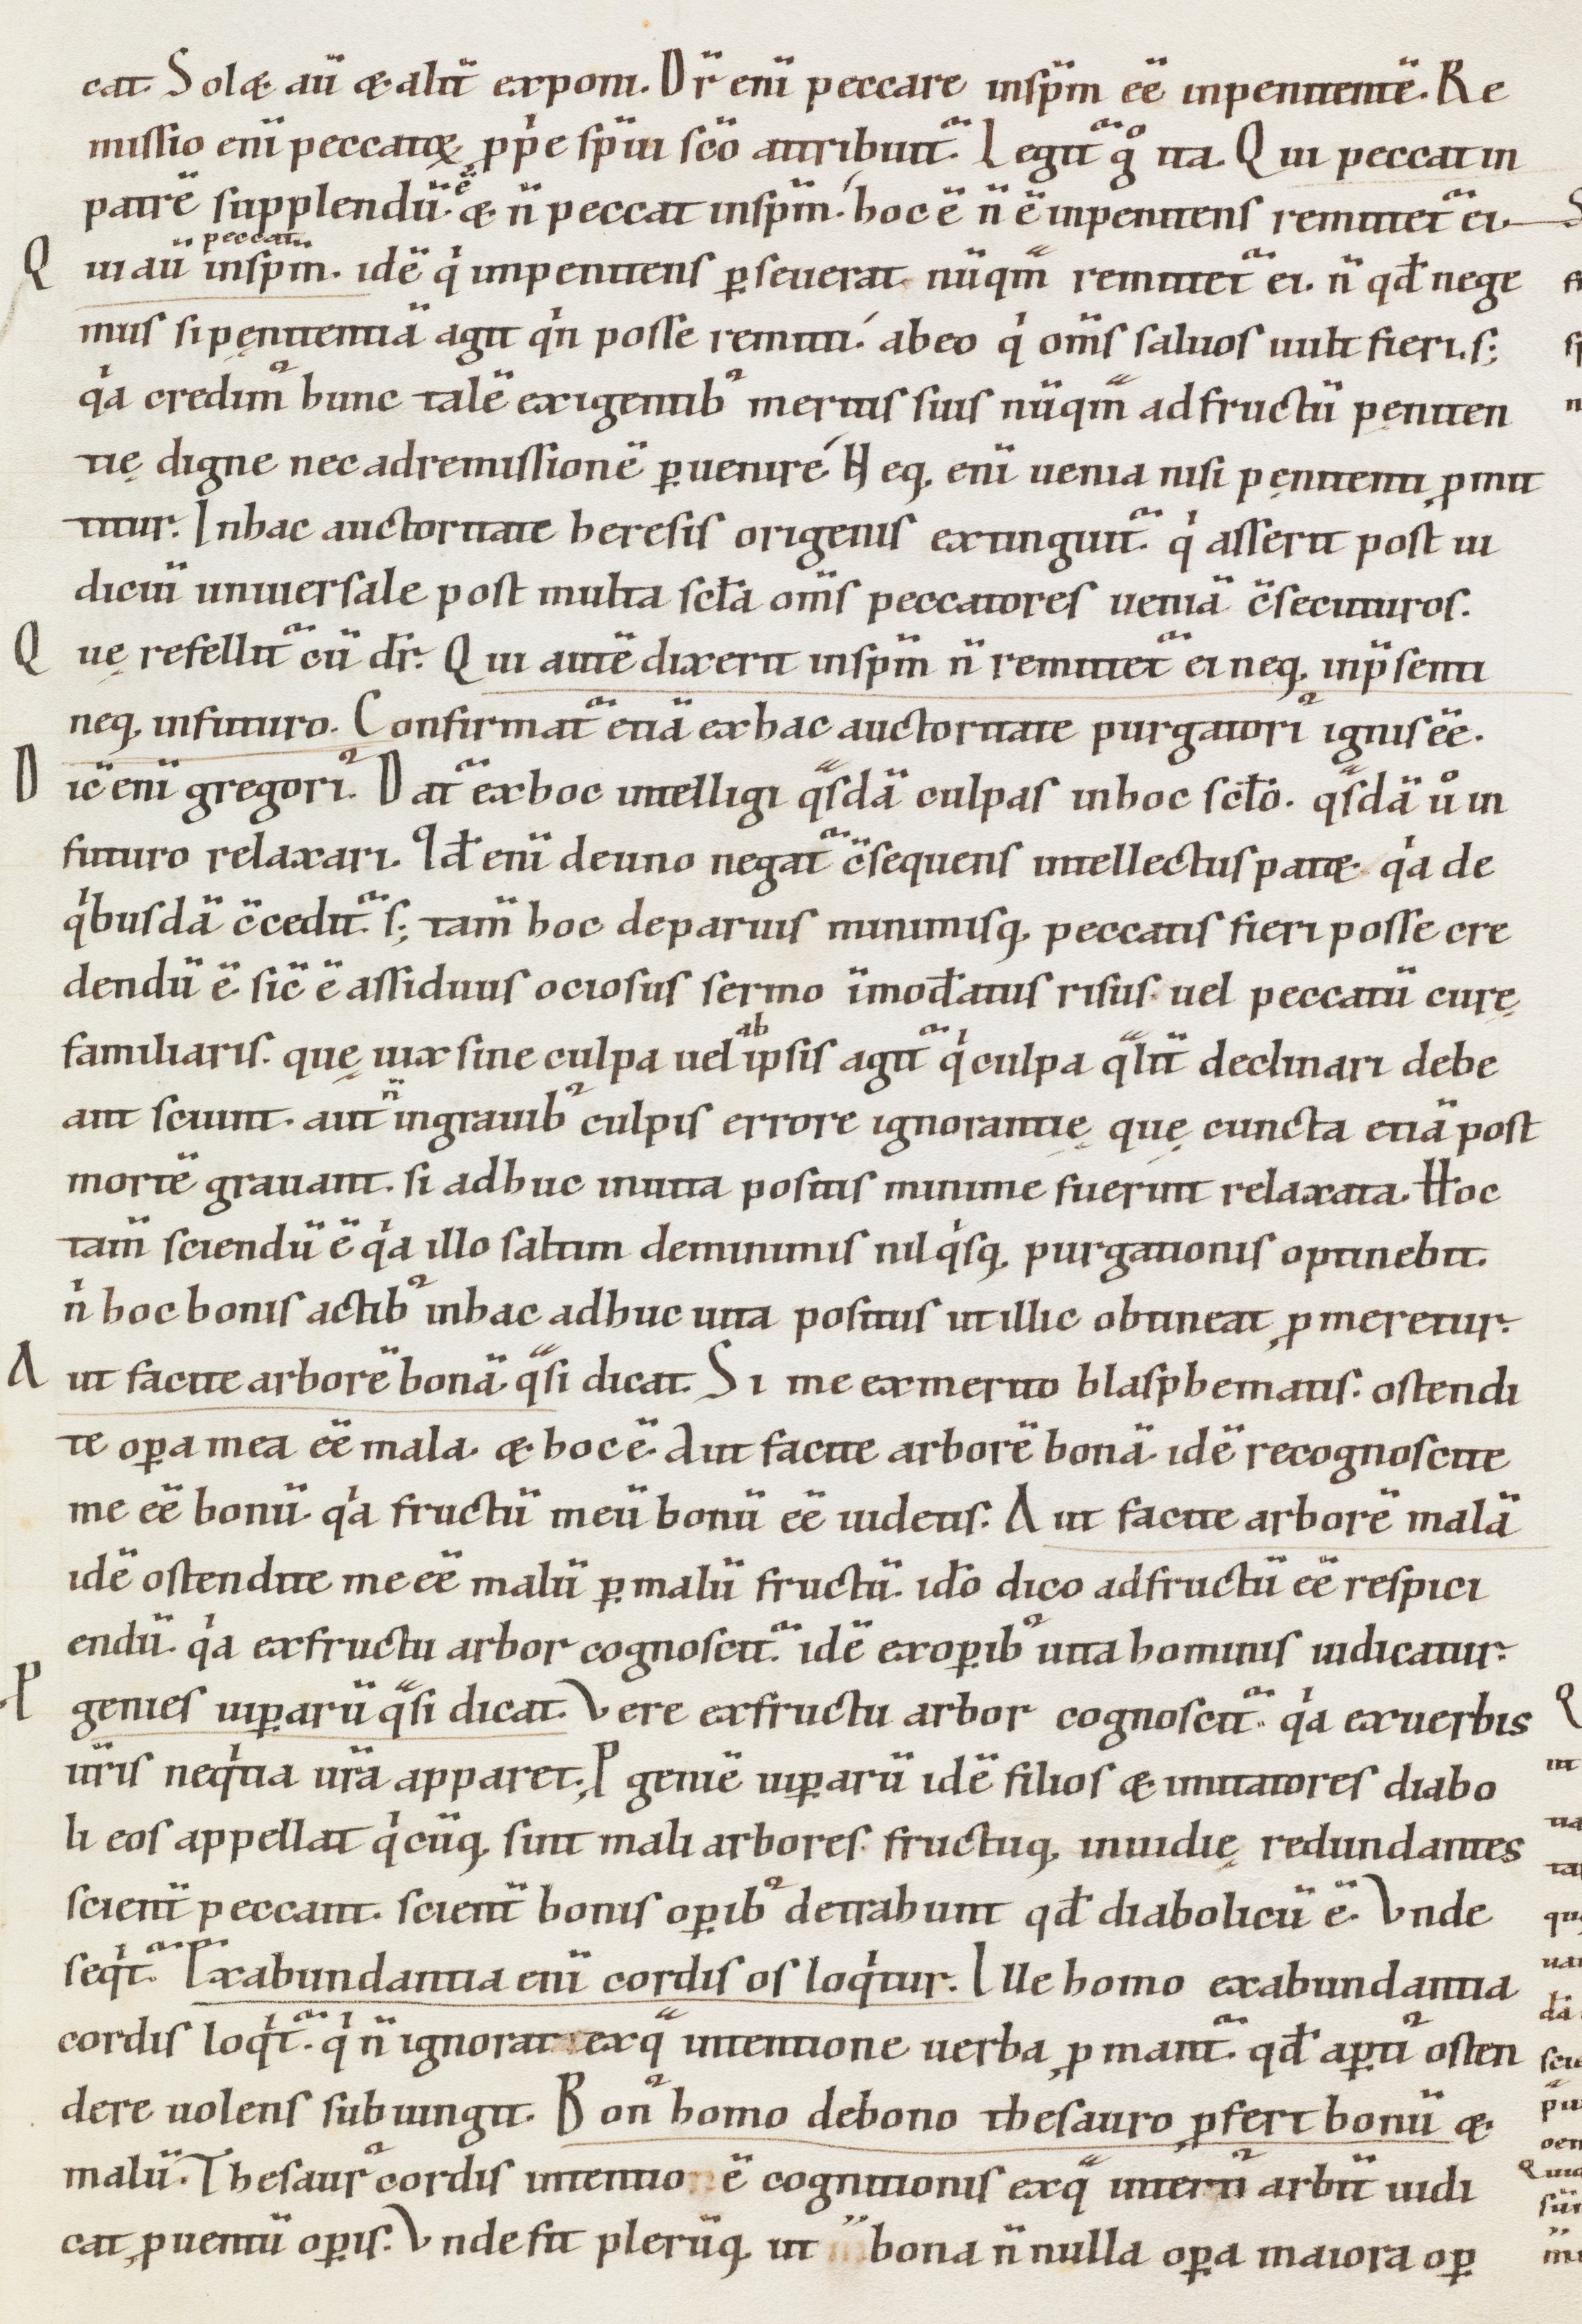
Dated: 1000–1199